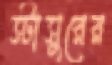
স্টাসুরের